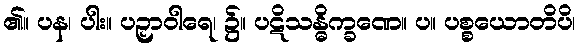
၏။ ပန၊ ပါး။ ပဉှာဝါရေ၊ ၌။ ပဋိသန္ဓိက္ခဏေ။ ပ။ ပစ္စယောတိပိ၊